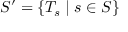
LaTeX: S ^ { \prime } = \{ T _ { s } \mid s \in S \}